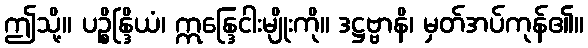
ဤသို့။ ပဉ္စိန္ဒြိယံ၊ ဣန္ဒြေငါးမျိုးကို။ ဒဋ္ဌဗ္ဗာနိ၊ မှတ်အပ်ကုန်၏။